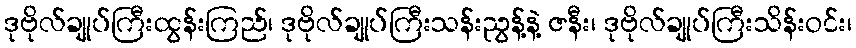
ဒုဗိုလ်ချုပ်ကြီးထွန်းကြည်၊ ဒုဗိုလ်ချုပ်ကြီးသန်းညွန့်နဲ့ ဇနီး၊ ဒုဗိုလ်ချုပ်ကြီးသိန်းဝင်း၊